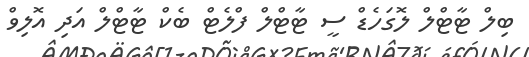
ބިލް ޓާޓްލް ލޮގަހެޑް ސީ ޓާޓްލް ފްލެޓް ބެކް ޓާޓްލް އަދި އޮލިވް